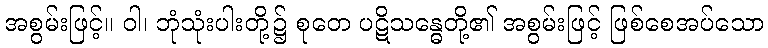
အစွမ်းဖြင့်။ ဝါ၊ ဘုံသုံးပါးတို့၌ စုတေ ပဋိသန္ဓေတို့၏ အစွမ်းဖြင့် ဖြစ်စေအပ်သော